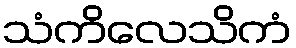
သံကိလေသိကံ